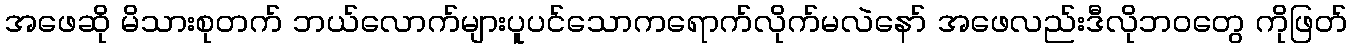
အဖေဆို မိသားစုတက် ဘယ်လောက်များပူပင်သောကရောက်လိုက်မလဲနော် အဖေလည်းဒီလိုဘဝတွေ ကိုဖြတ်